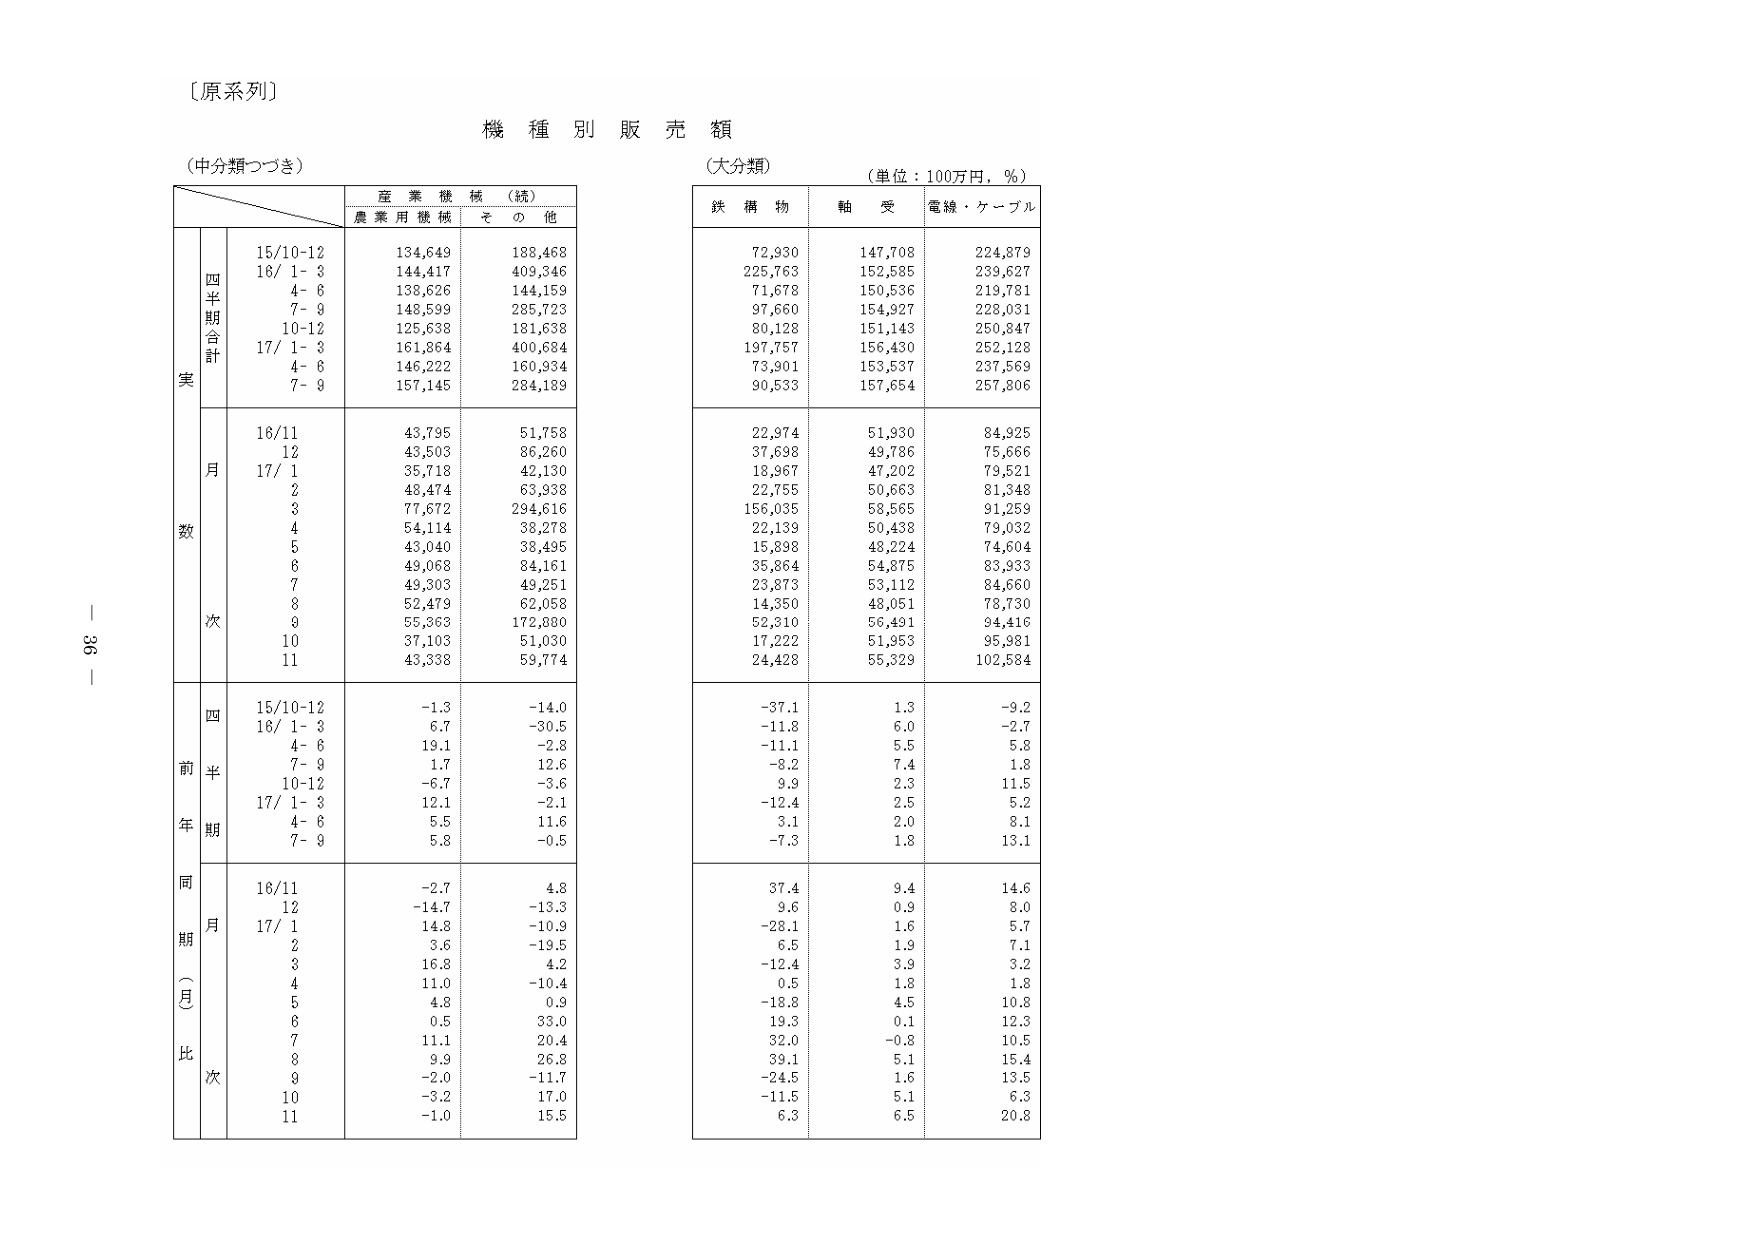
〔原系列〕

機種別販売額

（中分類つづき）

　　　　　　　　　　　　　産業機械（続）
　　　　　　　　　　　　　農業用機械　その他

　　　　　　　　　　　　　15/10-12　　134,649　　188,468
　　　　　　　　　　　　　16/ 1- 3　　144,417　　409,346
　　　　　　　　　　　　　　4- 6　　138,626　　144,159
　　　　　　　　　　　　　　7- 9　　148,599　　285,723
　　　　　　　　　　　　　10-12　　125,638　　181,638
　　　　　　　　　　　　　17/ 1- 3　　161,864　　400,684
　　　　　　　　　　　　　　4- 6　　146,222　　160,934
　　　　　　　　　　　　　　7- 9　　157,145　　284,189

　　　　　　　　　　　　　16/11　　43,795　　51,758
　　　　　　　　　　　　　　12　　43,503　　86,260
　　　　　　　　　　　　　17/ 1　　35,718　　42,130
　　　　　　　　　　　　　　2　　48,474　　63,938
　　　　　　　　　　　　　　3　　77,672　　294,616
　　　　　　　　　　　　　　4　　54,114　　38,278
　　　　　　　　　　　　　　5　　43,040　　38,495
　　　　　　　　　　　　　　6　　49,068　　84,161
　　　　　　　　　　　　　　7　　49,303　　49,251
　　　　　　　　　　　　　　8　　52,479　　62,058
　　　　　　　　　　　　　　9　　55,363　　172,880
　　　　　　　　　　　　　　10　　37,103　　51,030
　　　　　　　　　　　　　　11　　43,338　　59,774

　　　　　　　　　　　　　15/10-12　　-1.3　　-14.0
　　　　　　　　　　　　　16/ 1- 3　　6.7　　-30.5
　　　　　　　　　　　　　　4- 6　　19.1　　-2.8
　　　　　　　　　　　　　　7- 9　　1.7　　12.6
　　　　　　　　　　　　　10-12　　-6.7　　-3.6
　　　　　　　　　　　　　17/ 1- 3　　12.1　　-2.1
　　　　　　　　　　　　　　4- 6　　5.5　　11.6
　　　　　　　　　　　　　　7- 9　　5.8　　-0.5

　　　　　　　　　　　　　16/11　　-2.7　　4.8
　　　　　　　　　　　　　　12　　-14.7　　-13.3
　　　　　　　　　　　　　17/ 1　　14.8　　-10.9
　　　　　　　　　　　　　　2　　3.6　　-19.5
　　　　　　　　　　　　　　3　　16.8　　4.2
　　　　　　　　　　　　　　4　　11.0　　-10.4
　　　　　　　　　　　　　　5　　4.8　　0.9
　　　　　　　　　　　　　　6　　0.5　　33.0
　　　　　　　　　　　　　　7　　11.1　　20.4
　　　　　　　　　　　　　　8　　9.9　　26.8
　　　　　　　　　　　　　　9　　-2.0　　-11.7
　　　　　　　　　　　　　　10　　-3.2　　17.0
　　　　　　　　　　　　　　11　　-1.0　　15.5

（大分類）　　　　　　　　（単位：100万円，％）

　　　　　　　　　　　　　鉄構物　　軸受　　電線・ケーブル

　　　　　　　　　　　　　72,930　　147,708　　224,879
　　　　　　　　　　　　　225,763　　152,585　　239,627
　　　　　　　　　　　　　71,678　　150,536　　219,781
　　　　　　　　　　　　　97,660　　154,927　　228,031
　　　　　　　　　　　　　80,128　　151,143　　250,847
　　　　　　　　　　　　　197,757　　156,430　　252,128
　　　　　　　　　　　　　73,901　　153,537　　237,569
　　　　　　　　　　　　　90,533　　157,654　　257,806

　　　　　　　　　　　　　22,974　　51,930　　84,925
　　　　　　　　　　　　　37,698　　49,786　　75,666
　　　　　　　　　　　　　18,967　　47,202　　79,521
　　　　　　　　　　　　　22,755　　50,663　　81,348
　　　　　　　　　　　　　156,035　　58,565　　91,259
　　　　　　　　　　　　　22,139　　50,438　　79,032
　　　　　　　　　　　　　15,398　　48,224　　74,604
　　　　　　　　　　　　　35,864　　54,875　　83,933
　　　　　　　　　　　　　23,873　　53,112　　84,660
　　　　　　　　　　　　　14,350　　48,051　　78,730
　　　　　　　　　　　　　52,310　　56,491　　94,416
　　　　　　　　　　　　　17,222　　51,953　　95,981
　　　　　　　　　　　　　24,428　　55,329　　102,584

　　　　　　　　　　　　　-37.1　　1.3　　-9.2
　　　　　　　　　　　　　-11.8　　6.0　　-2.7
　　　　　　　　　　　　　-11.1　　5.5　　5.8
　　　　　　　　　　　　　-8.2　　7.4　　1.8
　　　　　　　　　　　　　9.9　　2.3　　11.5
　　　　　　　　　　　　　-12.4　　2.5　　5.2
　　　　　　　　　　　　　3.1　　2.0　　8.1
　　　　　　　　　　　　　-7.3　　1.8　　13.1

　　　　　　　　　　　　　37.4　　9.4　　14.6
　　　　　　　　　　　　　9.6　　0.9　　8.0
　　　　　　　　　　　　　-28.1　　1.6　　5.7
　　　　　　　　　　　　　6.5　　1.9　　7.1
　　　　　　　　　　　　　-12.4　　3.9　　3.2
　　　　　　　　　　　　　0.5　　1.8　　1.8
　　　　　　　　　　　　　-18.8　　4.5　　10.8
　　　　　　　　　　　　　19.3　　0.1　　12.3
　　　　　　　　　　　　　32.0　　-0.8　　10.5
　　　　　　　　　　　　　39.1　　5.1　　15.4
　　　　　　　　　　　　　-24.5　　1.6　　13.5
　　　　　　　　　　　　　-11.5　　5.1　　6.3
　　　　　　　　　　　　　6.3　　6.5　　20.8

96 —